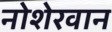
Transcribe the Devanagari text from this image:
नोशेरवान